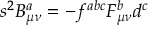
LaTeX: s ^ { 2 } B _ { \mu \nu } ^ { a } = - f ^ { a b c } F _ { \mu \nu } ^ { b } d ^ { c }